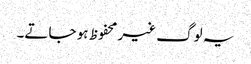
یہ لوگ غیر محفوظ ہو جاتے۔